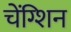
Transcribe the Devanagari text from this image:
चेंग्शिन